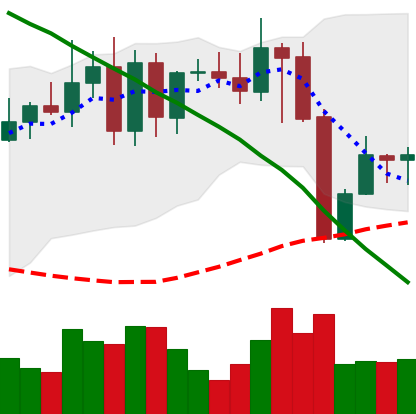
Ticker: XMR-USD
Chart end date: 2022-08-23
Forward return: -5.3%
Label: down_5_7